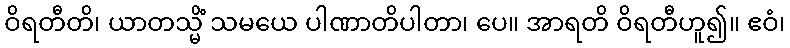
ဝိရတီတိ၊ ယာတသ္မိံ သမယေ ပါဏာတိပါတာ၊ ပေ။ အာရတိ ဝိရတီဟူ၍။ ဧဝံ၊